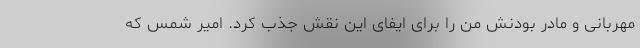
مهربانی و مادر بودنش من را برای ایفای این نقش جذب کرد. امیر شمس که